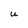
Character: U